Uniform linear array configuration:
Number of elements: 24
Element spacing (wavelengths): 0.5
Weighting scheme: uniform
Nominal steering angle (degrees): -60
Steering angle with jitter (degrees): -60.764
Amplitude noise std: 0.05
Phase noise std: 0.05

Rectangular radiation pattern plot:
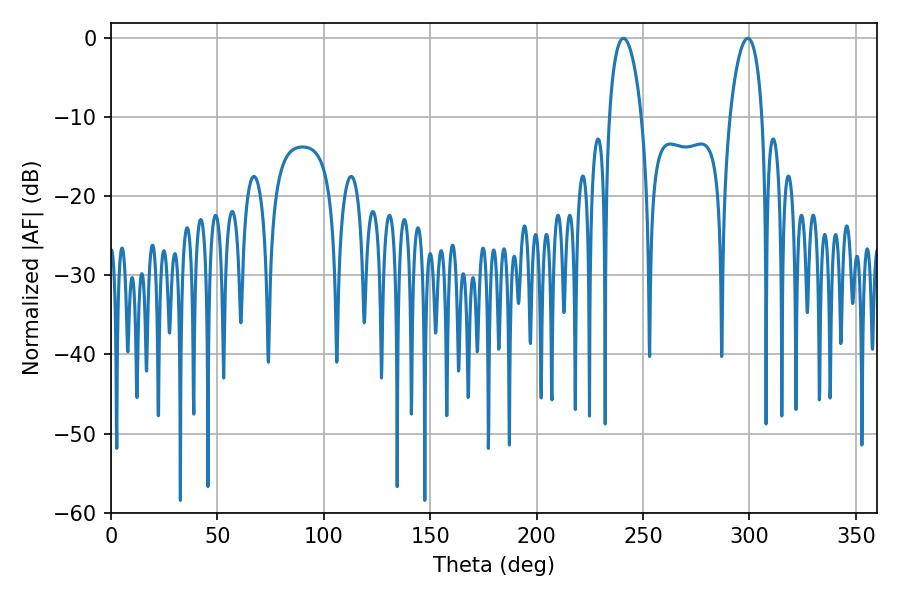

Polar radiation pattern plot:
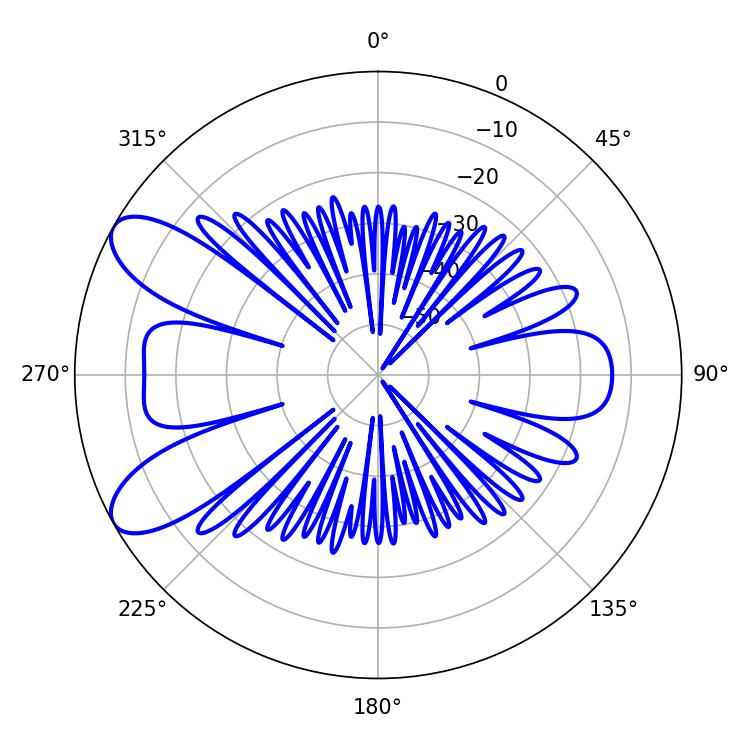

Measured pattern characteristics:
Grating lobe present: FALSE
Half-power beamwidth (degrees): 8.46
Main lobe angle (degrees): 240.84